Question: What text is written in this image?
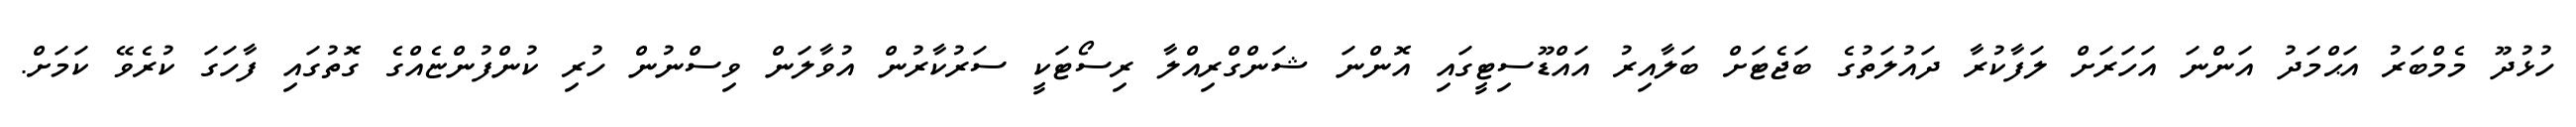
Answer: ހުޅުދޫ މެމްބަރު އަޙްމަދު އަންނަ އަހަރަށް ލަފާކުރާ ދައުލަތުގެ ބަޖެޓަށް ބަލާއިރު އައްޑޫސިޓީގައި އޮންނަ ޝަންގްރިއްލާ ރިސޯޓަކީ ސަރުކާރުން އުވާލަން ވިސްނުން ހުރި ކުންފުންޏެއްގެ ގޮތުގައި ފާހަގަ ކުރެވޭ ކަމަށް.